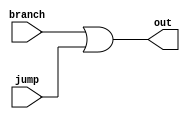
//Modulo de Controle de fluxo:
//Entradas: 	
//		branch: sinal de controle de branch
//		jump: sinal de controle de jump
//Saidas:	
//		out: saida
module nR_FluxCtrl(branch,jump,out);
	input branch,jump;
	output out;
	assign out = branch | jump;
endmodule


//Modulo de NOT:
//Entradas: 	
//		in: entrada
//Saidas:	
//		out: saida
module nR_NOT(in,out);
	input in;
	output out;
	assign out = ~in;
endmodule


//Modulo de AND2:
//Entradas: 	
//		in0: entrada 0
//		in1: entrada 1
//Saidas:	
//		out: saida
module nR_AND2(in0,in1,out);
	input in0,in1;
	output out;
	assign out = in0&in1;
endmodule


//Modulo de 8AND2:
//Entradas: 	
//		in0: entrada 0
//		in1: entrada 1
//Saidas:	
//		out: saida
module nR_8AND2(in0,in1,out);
	input[7:0] in0;
	input in1;
	output reg[7:0] out;
	always@(*)
	 if(in1)
	   out<=in0;
	 else
	   out<=0;
endmodule

//Modulo de AND4:
//Entradas: 	
//		in0: entrada 0
//		in1: entrada 1
//		in2: entrada 2
//		in3: entrada 3
//Saidas:	
//		out: saida
module nR_AND4(in0,in1,in2,in3,out);
	input in0,in1,in2,in3;
	output out;
	assign out = in0&in1&in2&in3;
endmodule

//Modulo de OR4:
//Entradas: 	
//		in0: entrada 0
//		in1: entrada 1
//		in2: entrada 2
//		in3: entrada 3
//Saidas:	
//		out: saida
module nR_OR4(in0,in1,in2,in3,out);
	input in0,in1,in2,in3;
	output out;
	assign out = in0|in1|in2|in3;
endmodule